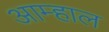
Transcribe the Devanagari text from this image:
आम्हाल